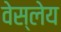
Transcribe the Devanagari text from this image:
वेस्लेय